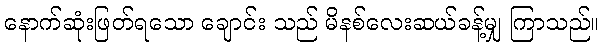
နောက်ဆုံးဖြတ်ရသော ချောင်း သည် မိနစ်လေးဆယ်ခန့်မျှ ကြာသည်။